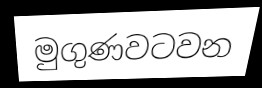
මුගුණවටවන